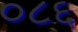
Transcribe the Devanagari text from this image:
०८६